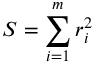
S = \sum _ { i = 1 } ^ { m } r _ { i } ^ { 2 }